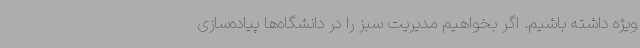
ویژه داشته باشیم. اگر بخواهیم مدیریت سبز را در دانشگاه‌ها پیاده‌سازی